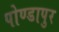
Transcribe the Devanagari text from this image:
पोण्डापुर